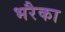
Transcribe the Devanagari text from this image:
भरैका